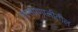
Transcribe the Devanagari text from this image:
शासंप्रणालीतील